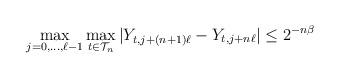
LaTeX: \begin{align*}\max_{j=0,\ldots,\ell-1}\max_{t\in \mathcal{T}_{n}} |Y_{t,j+(n+1)\ell}-Y_{t,j+n\ell}| \le 2^{-n\beta} \end{align*}